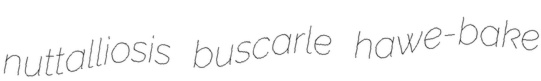
nuttalliosis buscarle hawe-bake